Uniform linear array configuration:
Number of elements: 48
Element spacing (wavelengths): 0.75
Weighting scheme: hamming
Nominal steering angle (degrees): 45
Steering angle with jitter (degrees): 43.067
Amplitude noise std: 0.05
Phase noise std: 0.05

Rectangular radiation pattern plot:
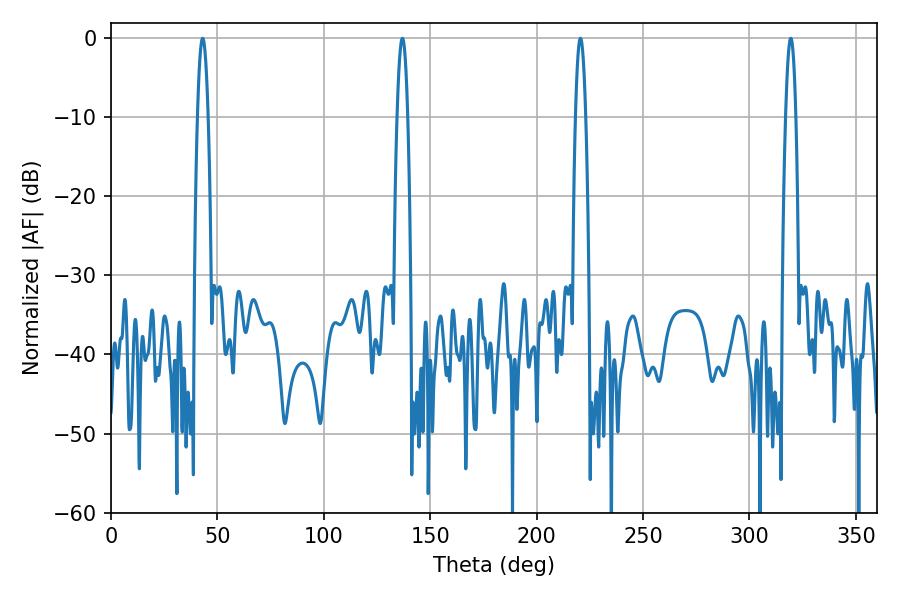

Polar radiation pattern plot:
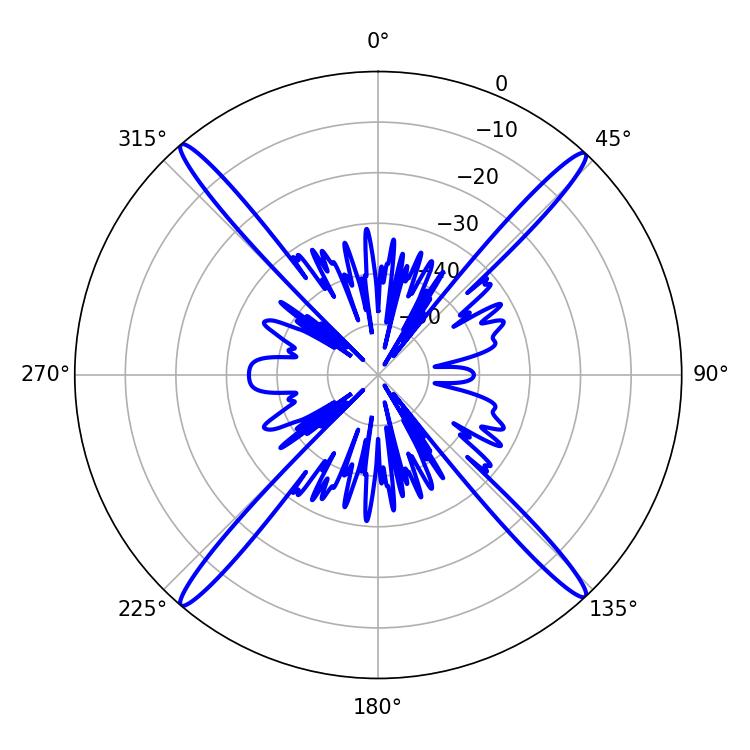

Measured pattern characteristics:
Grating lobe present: TRUE
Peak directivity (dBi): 25.203
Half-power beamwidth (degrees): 2.7
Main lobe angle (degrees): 43.02